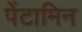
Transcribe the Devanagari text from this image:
पेंटामिन